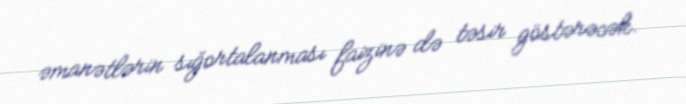
əmanətlərin sığortalanması faizinə də təsir göstərəcək.